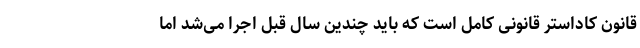
قانون کاداستر قانونی کامل است که باید چندین سال قبل اجرا می‌شد اما